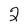
Character: 2